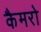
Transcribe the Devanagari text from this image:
कैमरो